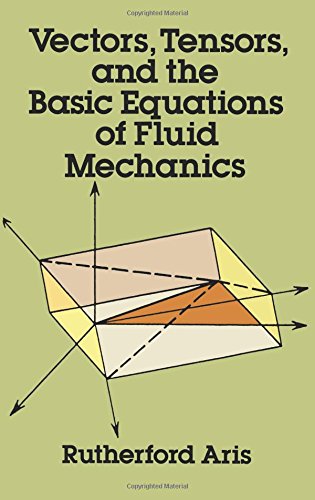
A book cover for Vectors, Tensors and the Basic Equations of Fluid Mechanics (Dover Books on Mathematics); Rutherford Aris; Science & Math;